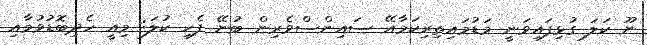
ނޫ ކަލަ ގުޅިފައިވަނީ މަޑުމައިތިރިކަމާއޭ ސައިންސްވެރިން ބުނޭ ފެހި ކުލަ: މިއީ ހެދިބޮޑުވުމާއި